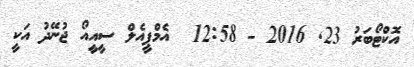
އޮކްޓޯބަރު 23